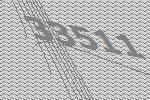
33511